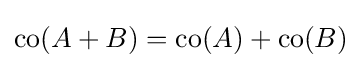
\operatorname {co} (A+B)=\operatorname {co} (A)+\operatorname {co} (B)